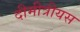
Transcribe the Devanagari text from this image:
दीमीत्रीयस